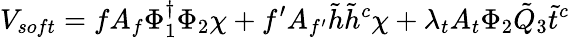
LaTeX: V_{soft}=fA_{f}\Phi_{1}^{\dagger}\Phi_{2}\chi+f^{\prime}A_{f^{\prime}}\tilde{h}\tilde{h}^{c}\chi+\lambda_{t}A_{t}\Phi_{2}{\tilde{Q}}_{3}{\tilde{t}}^{c}\,